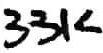
Text: 33K